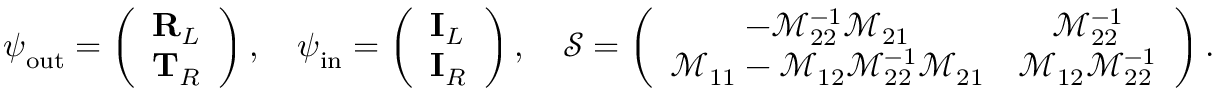
\boldsymbol { \psi } _ { \mathrm { o u t } } = \left( \begin{array} { l } { \mathbf { R } _ { L } } \\ { \mathbf { T } _ { R } } \end{array} \right) , \quad \boldsymbol { \psi } _ { \mathrm { i n } } = \left( \begin{array} { l } { \mathbf { I } _ { L } } \\ { \mathbf { I } _ { R } } \end{array} \right) , \quad \mathcal { S } = \left( \begin{array} { c c } { - \mathcal { M } _ { 2 2 } ^ { - 1 } \mathcal { M } _ { 2 1 } } & { \mathcal { M } _ { 2 2 } ^ { - 1 } } \\ { \mathcal { M } _ { 1 1 } - \mathcal { M } _ { 1 2 } \mathcal { M } _ { 2 2 } ^ { - 1 } \mathcal { M } _ { 2 1 } } & { \mathcal { M } _ { 1 2 } \mathcal { M } _ { 2 2 } ^ { - 1 } } \end{array} \right) .